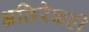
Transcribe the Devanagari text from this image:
अतिरेकही